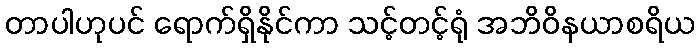
တာပါဟုပင် ရောက်ရှိနိုင်ကာ သင့်တင့်ရုံ အဘိဝိနယာစရိယ